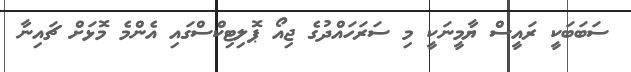
ސަބަބަކީ ރައީސް ޔާމީނަކީ މި ސަރަހައްދުގެ ޖިއޯ ޕޮލިޓިކްސްގައި އެންމެ މޮޅަށް ޗައިނާ